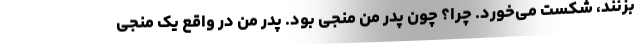
بزنند، شکست می‌خورد. چرا؟ چون پدر من منجی بود. پدر من در واقع یک منجی